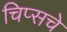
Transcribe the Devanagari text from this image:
चिप्सचे